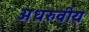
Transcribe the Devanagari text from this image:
अधरुवीय